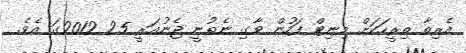
އެރިތާ ތިރީހަކަށް މިނިޓް ފަހުން ވާގި ނެތުނީ ޖެނުއަރީ 25 2012ގަ އެވެ.